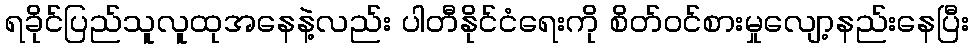
ရခိုင်ပြည်သူလူထုအနေနဲ့လည်း ပါတီနိုင်ငံရေးကို စိတ်ဝင်စားမှုလျော့နည်းနေပြီး